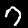
Label: 7